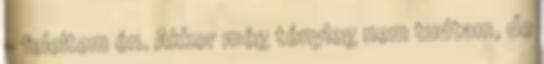
- feleltem én. Akkor még tényleg nem tudtam, de